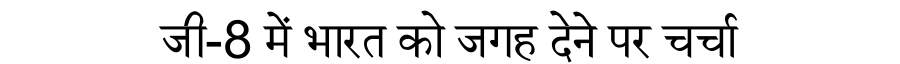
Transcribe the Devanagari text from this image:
जी-8 में भारत को जगह देने पर चर्चा